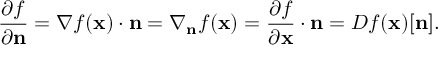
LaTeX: { \frac { \partial f } { \partial \mathbf { n } } } = \nabla f ( \mathbf { x } ) \cdot \mathbf { n } = \nabla _ { \mathbf { n } } { f } ( \mathbf { x } ) = { \frac { \partial f } { \partial \mathbf { x } } } \cdot \mathbf { n } = D f ( \mathbf { x } ) [ \mathbf { n } ] .